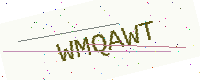
Text: WMQAWT